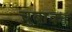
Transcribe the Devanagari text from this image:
चुबाका